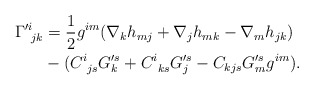
\begin{align*}\Gamma'^i_{~jk}&=\frac{1}{2}g^{im}(\nabla_k h_{mj}+\nabla_jh_{mk}-\nabla_mh_{jk})\\&-(C^i_{~js}G'^s_k+C^i_{~ks}G'^s_j-C_{kjs}G'^s_mg^{im}).\end{align*}